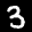
Label: 3